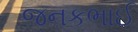
જનકભાઈ